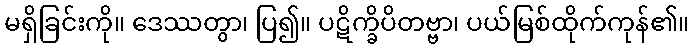
မရှိခြင်းကို။ ဒေဿတွာ၊ ပြ၍။ ပဋိက္ခိပိတဗ္ဗာ၊ ပယ်မြစ်ထိုက်ကုန်၏။